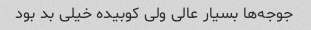
جوجه‌ها بسیار عالی ولی کوبیده خیلی بد بود